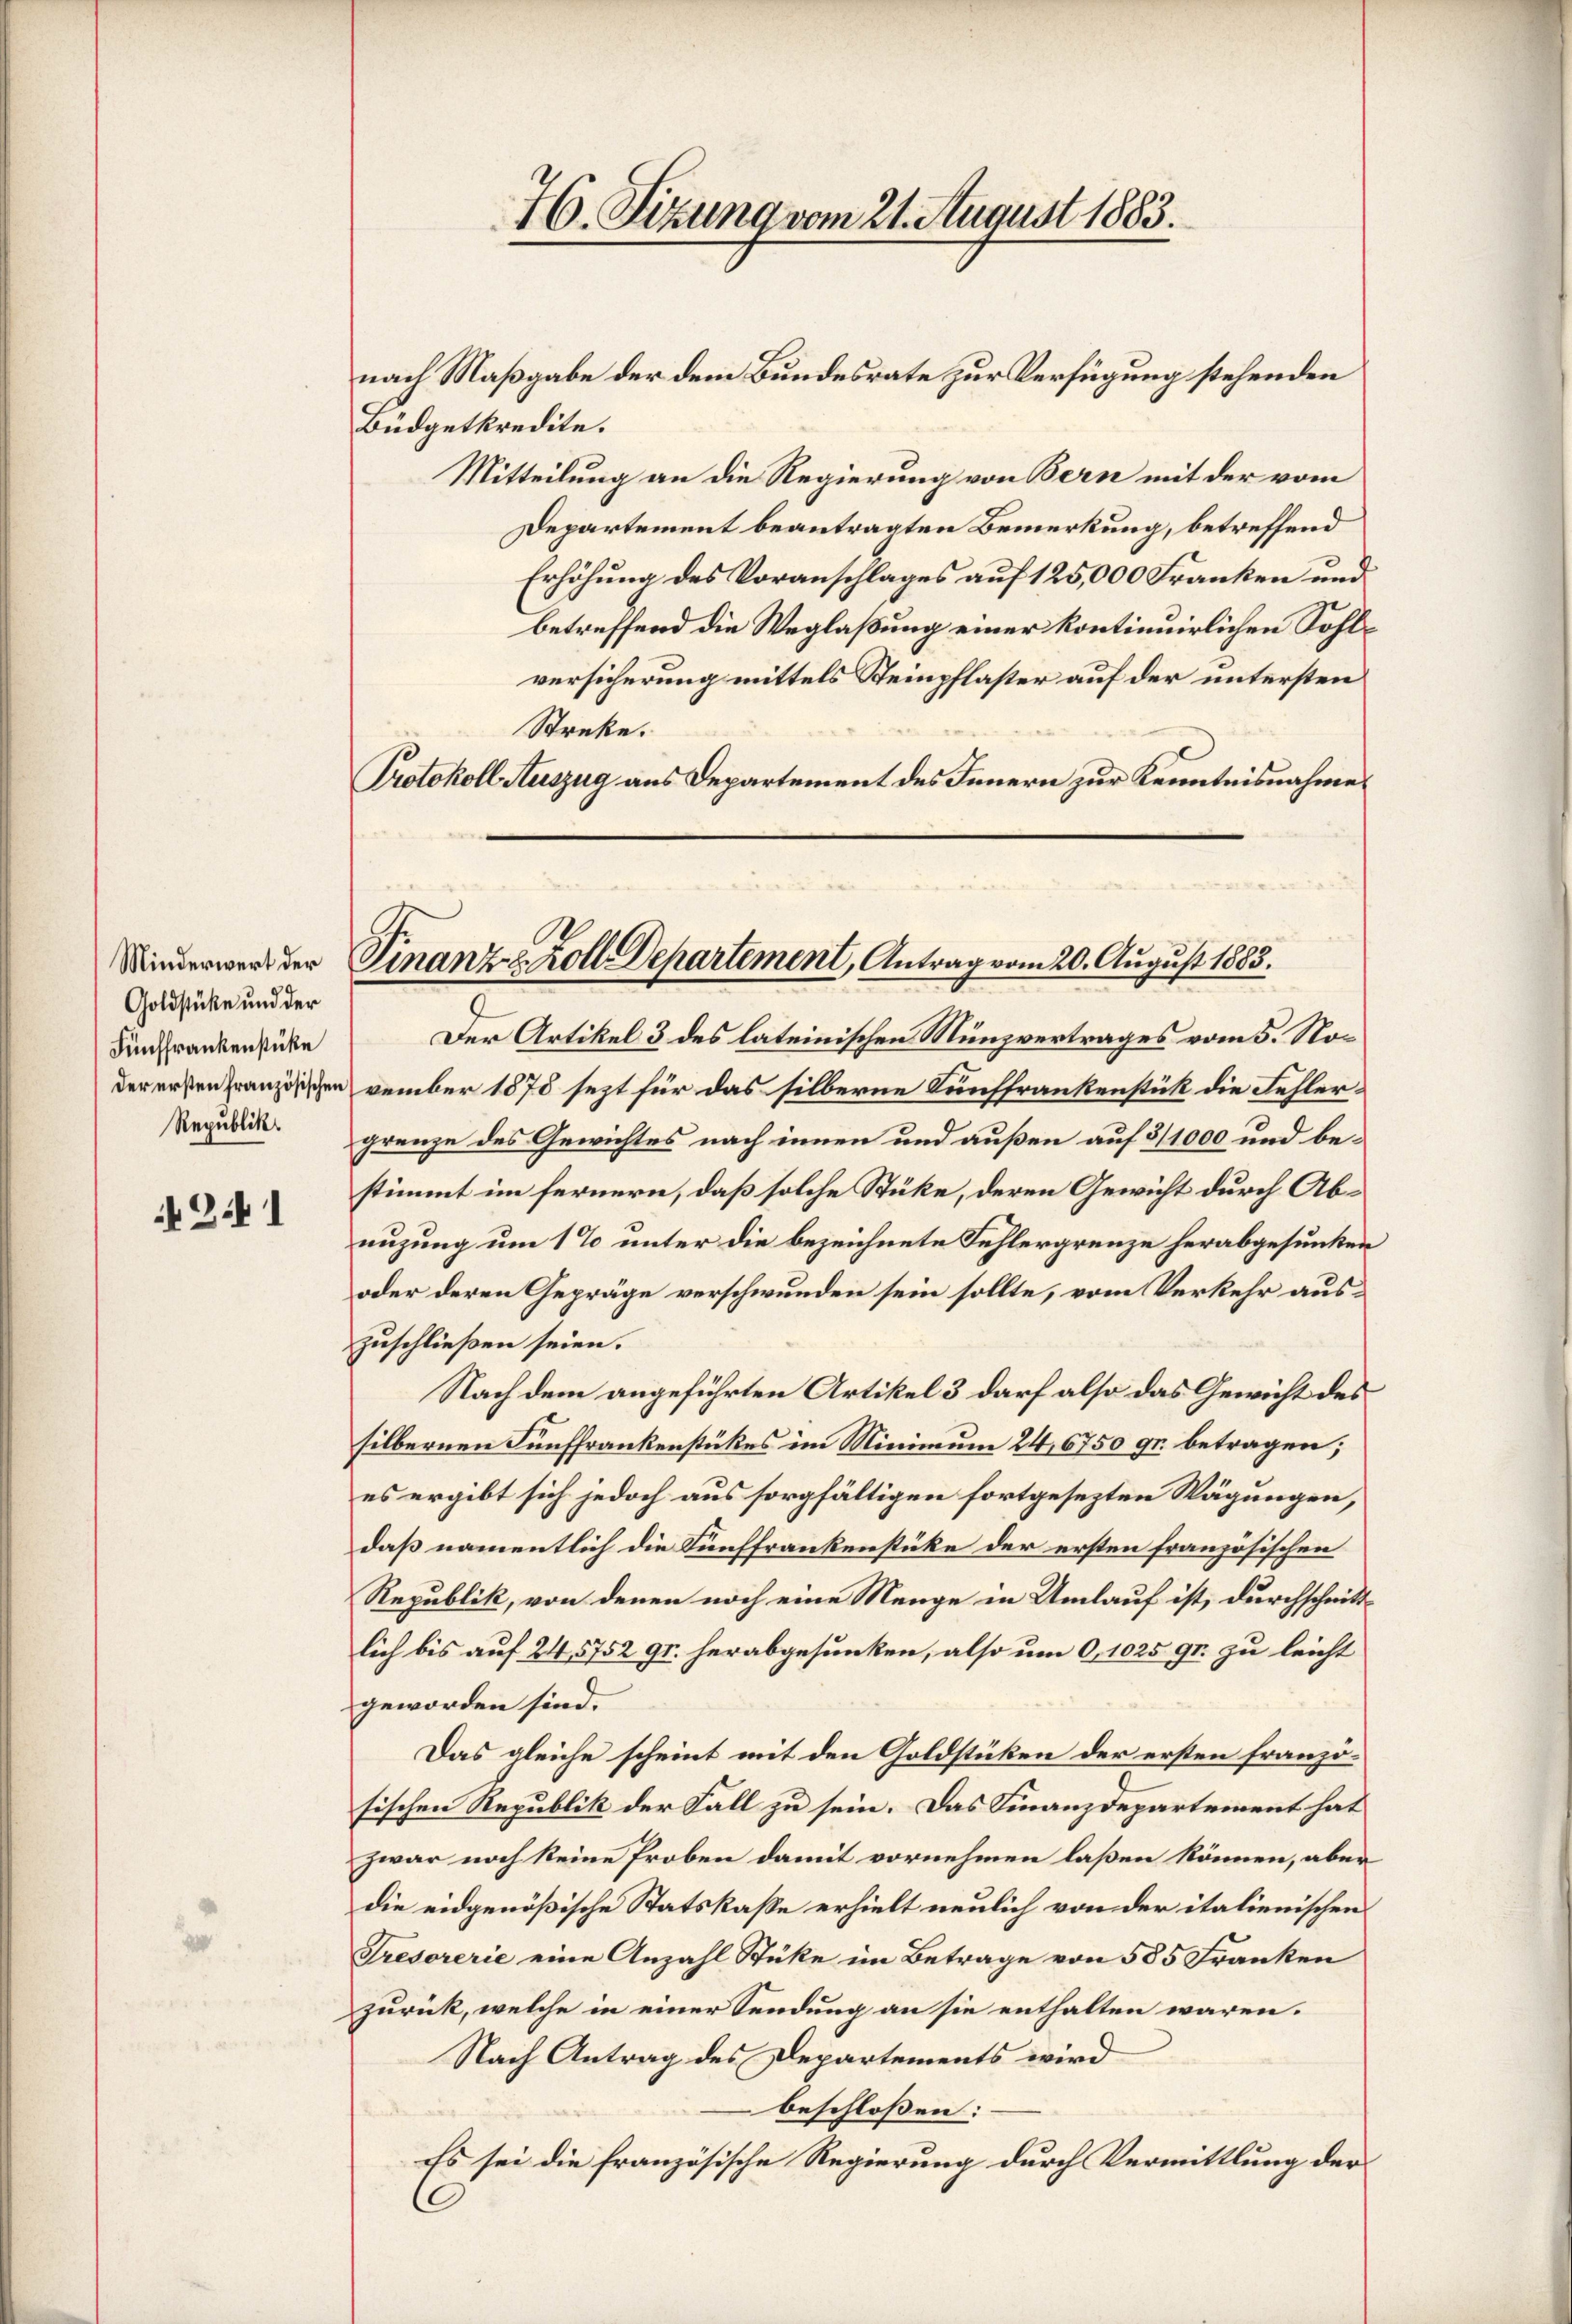
Goldstücke und der
Fünffrankenstücke

N 241

H. Fizung vom 21. August 1883.

nach Maßgabe der dem Bundesrate zur Verfügung stehenden
Büdgetkredite.
Mitteilung an die Regierung von Bern mit der vom
Departement beantragten Bemerkung, betreffend
Erhöhung des Voranschlages auf 125,000 Franken und
betreffend die Weglaßung einer kontinuirlichen Sohlversicherung mittels Steinpflaster auf der untersten
Streke.
Protokoll Auszug aus Departement des Innern zur Kenntnisnahme

Minderwert der Finanz u. Zoll Departement, Antrag vom 20. August 1885.

Der Artikel 3 des lateinischen Münzvertrages vom 5. Noder ersten Französischen vember 1878 sezt für das silberne Künffrankenstück die Fehler¬
Regula grenze des Gewichtes nach innen und außen auf 3/1000 und bestimmt im fernern, daß solche Stüke, deren Gewicht durch Abnuzung um 1% unter die bezeichnete Fehlergrenze herabgesunken
oder deren Gepräge verschwunden sein sollte, vom Verkehr auszuschließen seien.
Nach dem angeführten Artikel 3 darf also das Gewicht des
silbernen Fünffrankenstückes im Minimum 24, 6750 gr. betragen;
es ergibt sich jedoch aus sorgfältigen fortgesezten Wägungen,
daß namentlich die Fünffrankenstüke der ersten französischen
Republik, von denen noch eine Menge in Umlauf ist, durchschnitt-
lich bis auf 24, 575291. herabgesunken, also um 0,1025 91. zu leicht
geworden sind.
Das gleiche scheint mit den Goldstücken der ersten französischen Republik der Fall zu sein. Das Finanzdepartement hat
zwar noch keine Proben damit vornehmen laßen können, aber
die eidgenößische Statskasse erhielt neulich von der italienischen
Trésorerie eine Anzahl Stüke im Betrage von 585 Franken
zurück, welche in einer Sendung an sie enthalten wären.
Nach Antrag des Departements wird
beschlossen:
Es sei die französische Regierung durch Vermittlung der